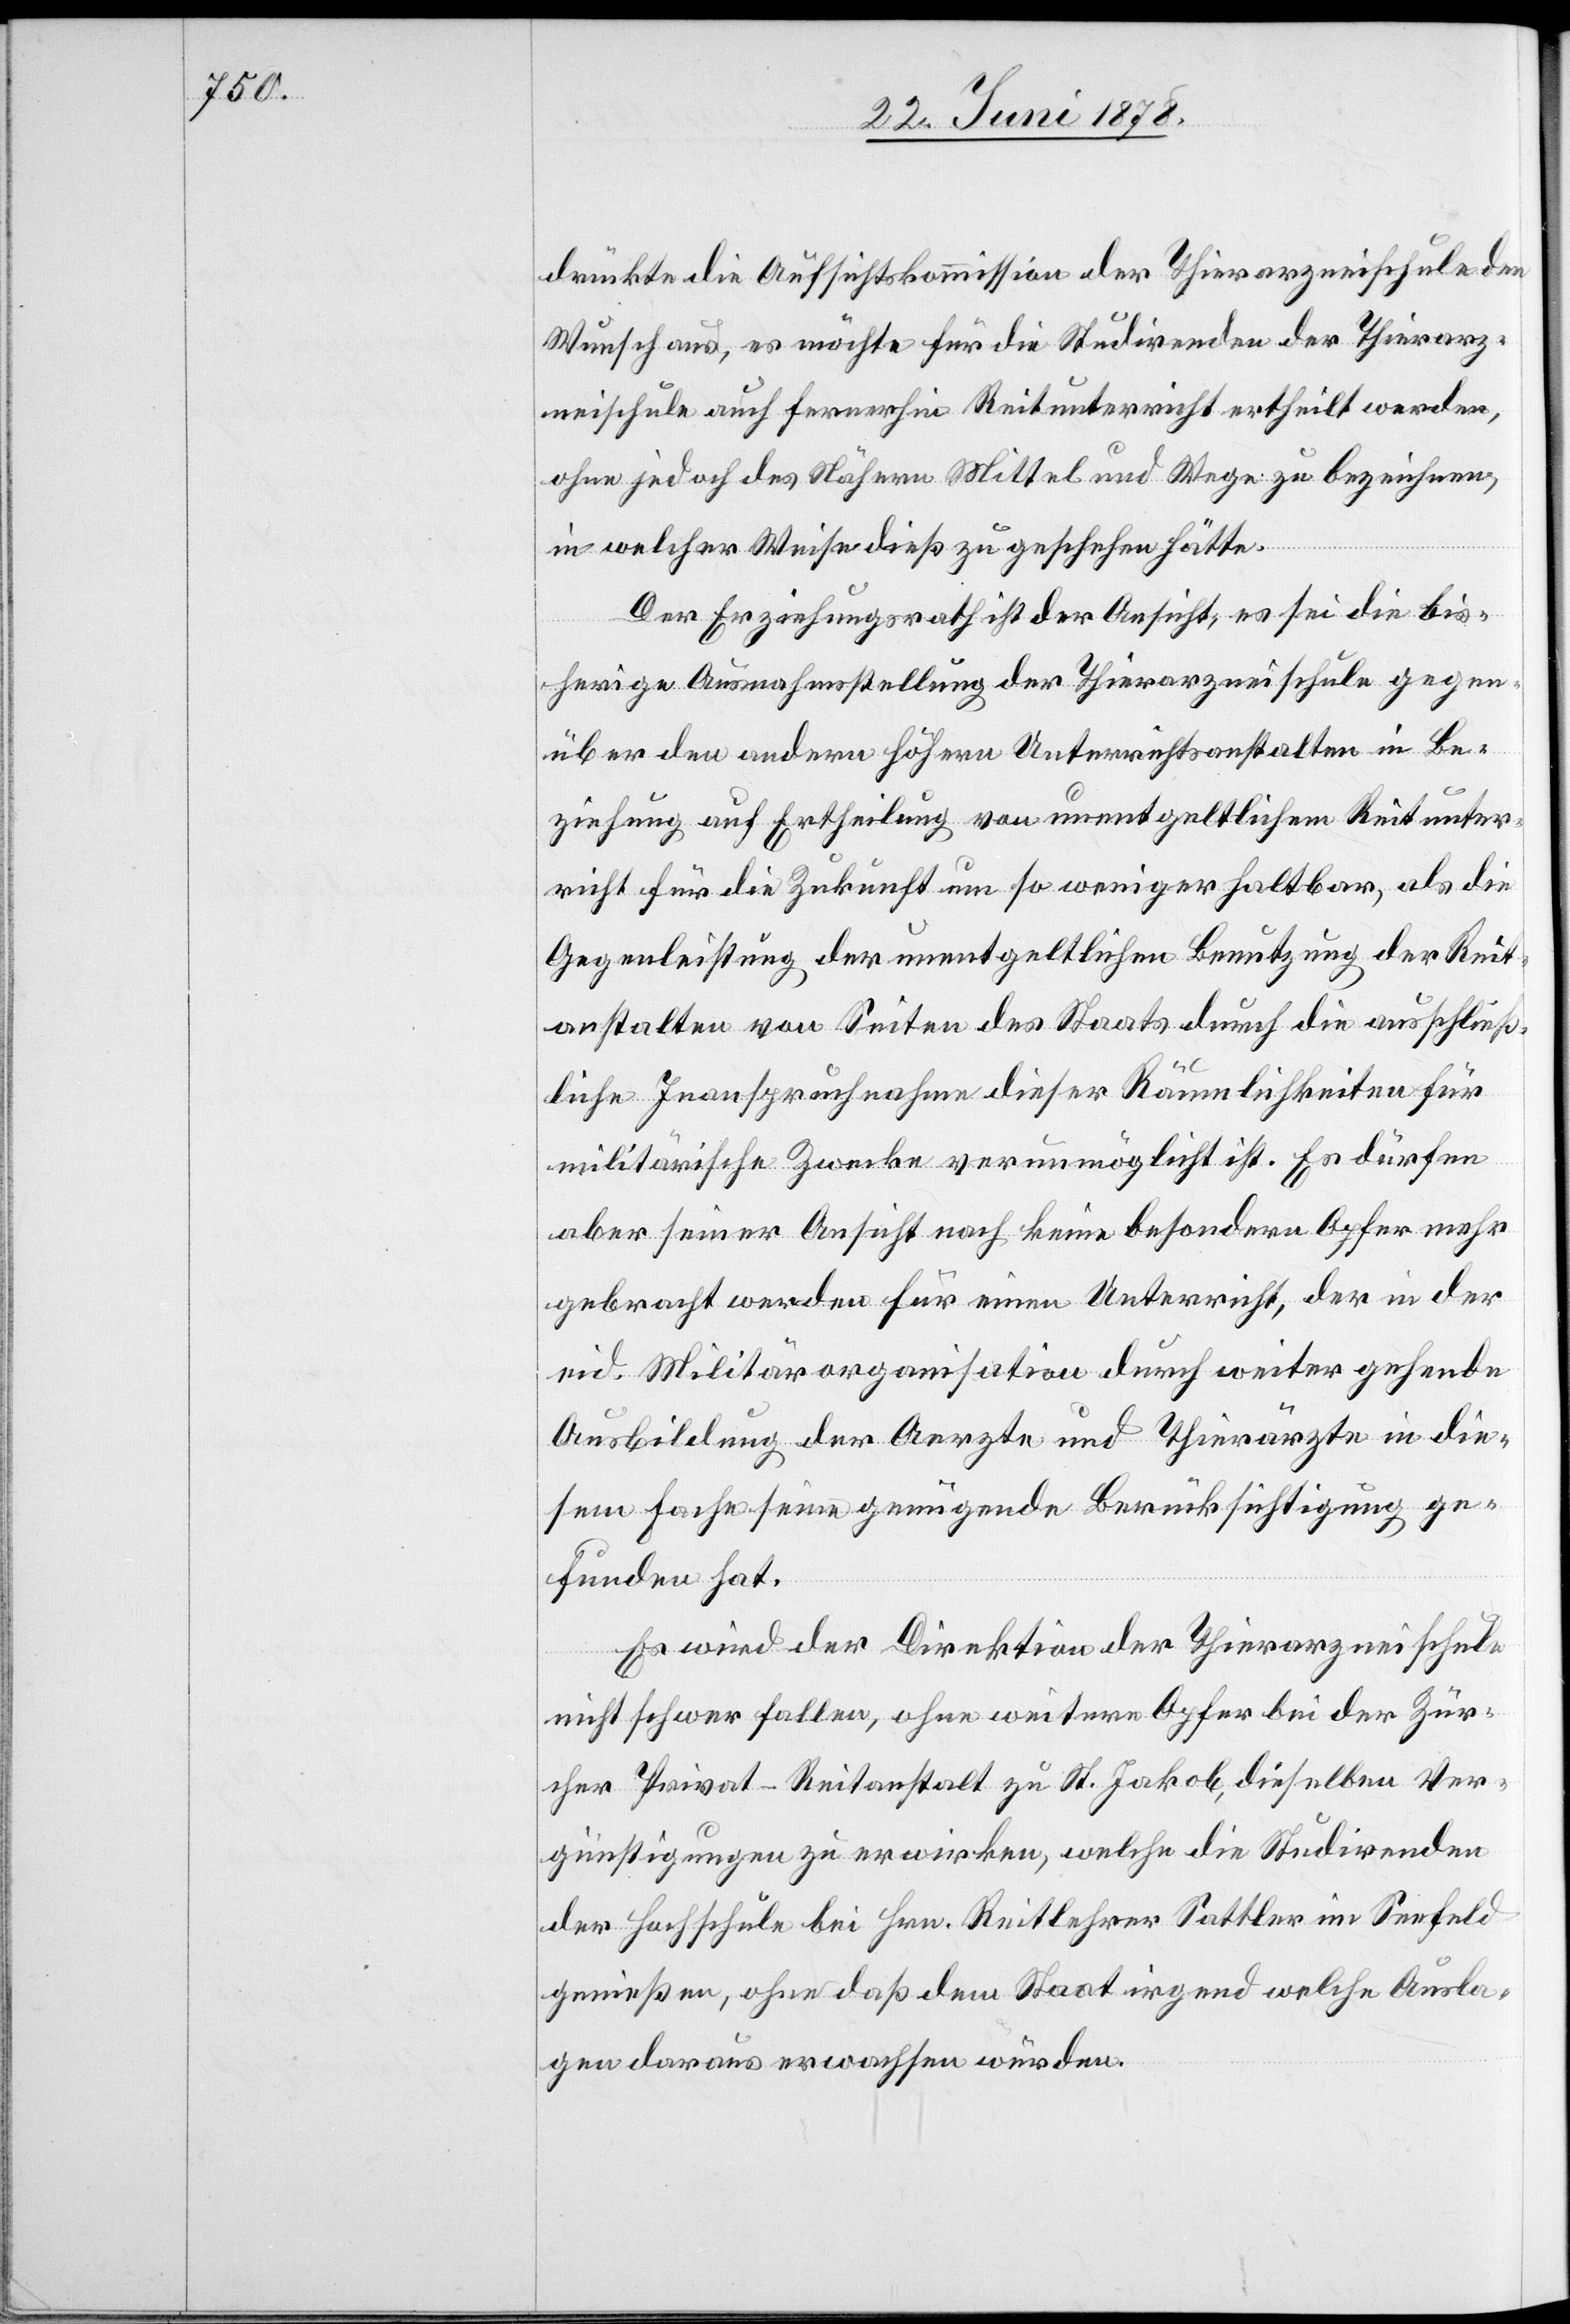
drückte die Aufsichtskommission der Thierarzneischule den
Wunsch aus, es möchte für die Studirenden der Thierarz¬
neischule auch fernerhin Reitunterricht ertheilt werden,
ohne jedoch des Nähern Mittel und Wege zu bezeichnen,
in welcher Weise dieß zu geschehen hätte.
Der Erziehungsrath ist der Ansicht, es sei die bis¬
herige Ausnahmsstellung der Thierarzneischule gegen¬
über den andern höhern Unterrichtsanstalten in Be¬
ziehung auf Ertheilung von unentgeltlichem Reitunter¬
richt für die Zukunft um so weniger haltbar, als die
Gegenleistung der unentgeltlichen Benutzung der Reit¬
anstalten von Seiten des Staats durch die ausschließ¬
liche Inanspruchnahme dieser Räumlichkeiten für
militärische Zwecke verunmöglicht ist. Es dürfen
aber seiner Ansicht nach keine besondern Opfer mehr
gebracht werden für einen Unterricht, der in der
eid. Militärorganisation durch weiter gehende
Ausbildung der Aerzte und Thierärzte in die¬
sem Fache seine genügende Berücksichtigung ge¬
funden hat.
Es wird der Direktion der Thierarzneischule
nicht schwer fallen, ohne weitere Opfer bei der Zür¬
cher Privat-Reitanstalt zu St. Jakob dieselben Ver¬
günstigungen zu erwirken, welche die Studirenden
der Hochschule bei Hrn. Reitlehrer Sattler im Seefeld
genießen, ohne daß dem Staat irgend welche Ausla¬
gen daraus erwachsen würden.